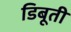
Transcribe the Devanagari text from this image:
डिबूती